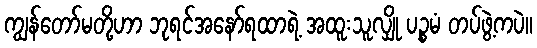
ကျွန်တော်မတို့ဟာ ဘုရင်အနော်ရထာရဲ့ အထူးသူလျှို ပဉ္စမံ တပ်ဖွဲ့ကပဲ။